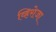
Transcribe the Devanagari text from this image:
व्हिरोजा